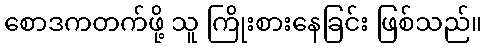
စောဒကတက်ဖို့ သူ ကြိုးစားနေခြင်း ဖြစ်သည်။